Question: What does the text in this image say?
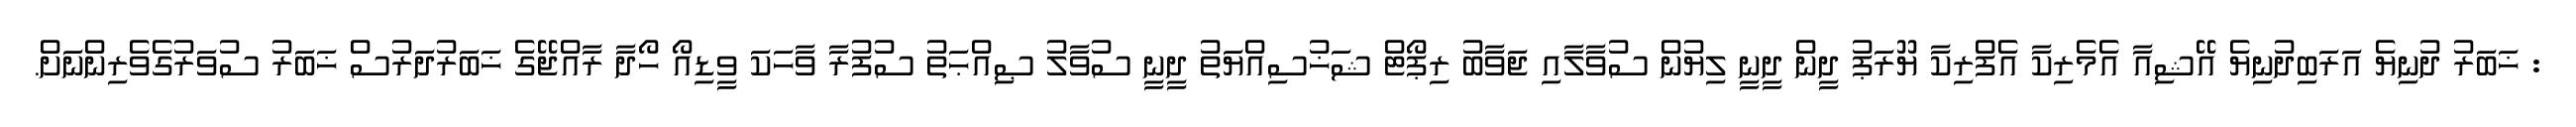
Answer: : ޚަބަރު ދުނިޔެ އަރަބިދުނިޔެ އޭޝިއާ އެމެރިކާ އެފްރިކާ ޔޫރަޕު ދީން ދީނީ ލިޔުން ސުވާލާއި ޖަވާބު ރިޕޯޓް ޝަޚުސިއްޔަތު ދީނީ ސުވާލު ޞިއްޙަތު ސުފުރާ ވާހަކަ ވީޑިއޯ ހޯދާ ރާއްޖޭގެ ޚަބަރުދަރުސް ޚަބަރު ސުވަރުގެވެރިންނަށް.